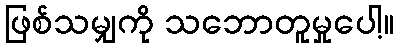
ဖြစ်သမျှကို သဘောတူမှုပေါ့။